Indian journal of veterinary science and animal husbandry - Volume 4,
Year: 1934
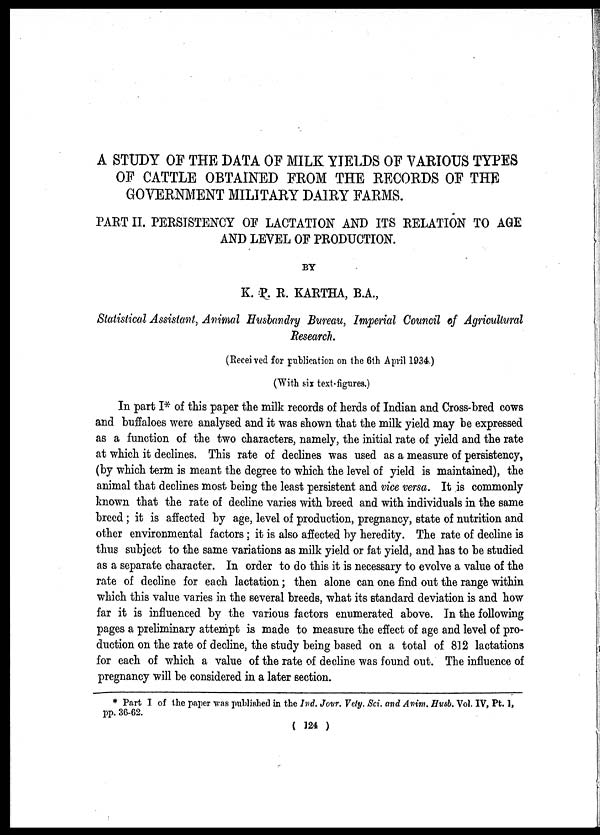
A STUDY OF THE DATA OF MILK YIELDS OF VARIOUS TYPES
OF CATTLE OBTAINED FROM THE RECORDS OF THE
GOVERNMENT MILITARY DAIRY FARMS.
PART II. PERSISTENCY OF LACTATION AND ITS RELATION TO AGE
AND LEVEL OF PRODUCTION.
BY
K. P. R. KARTHA, B.A.,
Statistical Assistant, Animal Husbandry Bureau, Imperial Council of Agricultural
Research.
(Received for publication on the 6th April 1934.)
(With six text-figures.)
In part I* of this paper the milk records of herds of Indian and Cross-bred cows
and buffaloes were analysed and it was shown that the milk yield may be expressed
as a function of the two characters, namely, the initial rate of yield and the rate
at which it declines. This rate of declines was used as a measure of persistency,
(by which term is meant the degree to which the level of yield is maintained), the
animal that declines most being the least persistent and vice versa. It is commonly
known that the rate of decline varies with breed and with individuals in the same
breed ; it is affected by age, level of production, pregnancy, state of nutrition and
other environmental factors; it is also affected by heredity. The rate of decline is
thus subject to the same variations as milk yield or fat yield, and has to be studied
as a separate character. In order to do this it is necessary to evolve a value of the
rate of decline for each lactation; then alone can one find out the range within
which this value varies in the several breeds, what its standard deviation is and how
far it is influenced by the various factors enumerated above. In the following
pages a preliminary attempt is made to measure the effect of age and level of pro-
duction on the rate of decline, the study being based on a total of 812 lactations
for each of which a value of the rate of decline was found out. The influence of
pregnancy will be considered in a later section.
* Part I of the paper was published in the Ind. Jour. Vety. Sci. and Anim. Husb. Vol. IV, Pt. 1,
pp. 36-62.
( 124 )